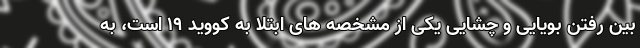
بین رفتن بویایی و چشایی یکی از مشخصه های ابتلا به کووید ۱۹ است، به